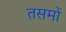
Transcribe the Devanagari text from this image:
तसमों